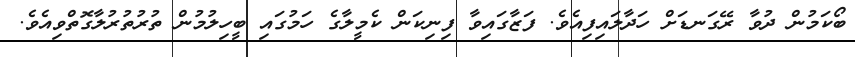
ބޯކަމުން ދުވާ ރޭގަނޑަށް ހަދާލައިފިއެވެ. ފަޒާގައިވާ ފިނިކަން ކެމީލާގެ ހަމުގައި ބީހިލުމުން ތުރުތުރުލާގޮތްވިއެވެ.